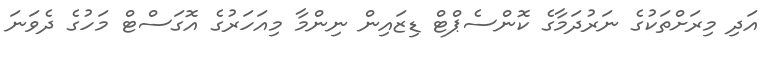
އަދި މިރަށްތަކުގެ ނަރުދަމާގެ ކޮންސެޕްޓް ޑިޒައިން ނިންމާ މިއަހަރުގެ އޮގަސްޓް މަހުގެ ދެވަނަ